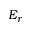
E _ { r }